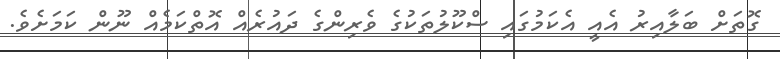
ގޮތަށް ބަލާއިރު އެއީ އެކަމުގައި ސްކޫލުތަކުގެ ވެރިންގެ ދައުރެއް އޮތްކަމެއް ނޫން ކަމަށެވެ.